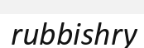
rubbishry